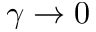
\gamma \to 0